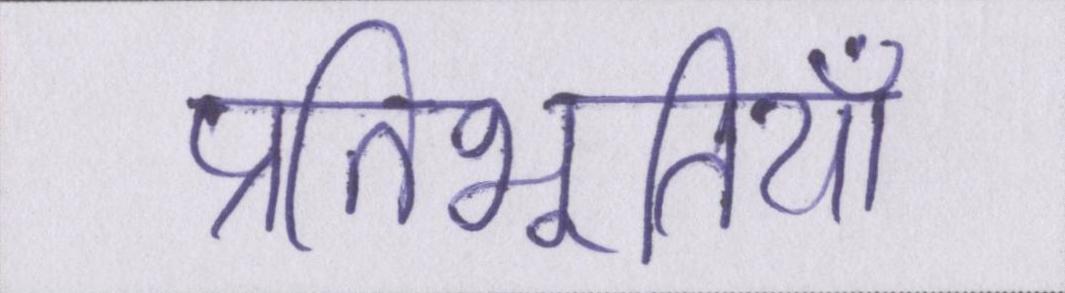
प्रतिभूतियाँ